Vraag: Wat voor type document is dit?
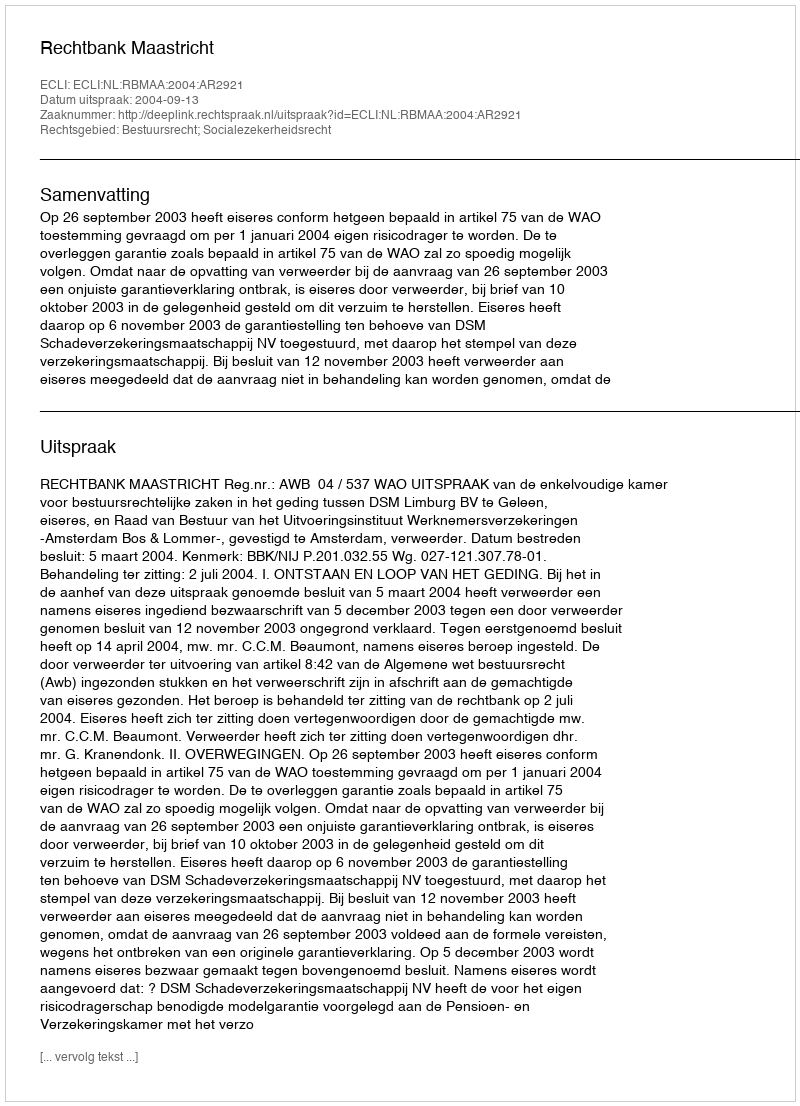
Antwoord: Uitspraak